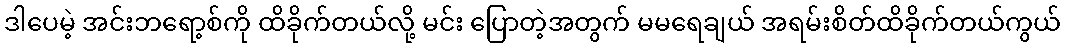
ဒါပေမဲ့ အင်းဘရော့စ်ကို ထိခိုက်တယ်လို့ မင်း ပြောတဲ့အတွက် မမရေချယ် အရမ်းစိတ်ထိခိုက်တယ်ကွယ်